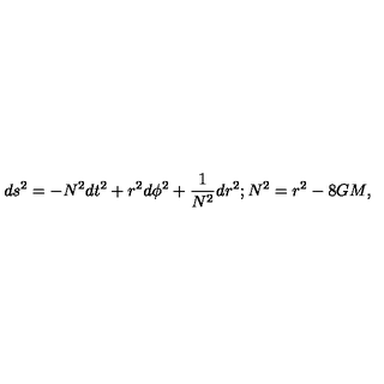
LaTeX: d s ^ { 2 } = - N ^ { 2 } d t ^ { 2 } + r ^ { 2 } d \phi ^ { 2 } + { \frac { 1 } { N ^ { 2 } } } d r ^ { 2 } ; N ^ { 2 } = r ^ { 2 } - 8 G M ,